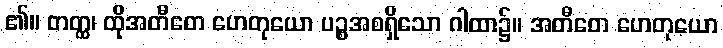
၏။ တတ္ထ၊ ထိုအတီတေ ဟေတုယော ပဉ္စအစရှိသော ဂါထာ၌။ အတီတေ ဟေတုယော